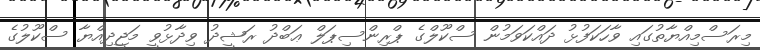
މިރަސްމިއްޔާތުގައި ވާހަކަފުޅު ދައްކަވަމުން ސްކޫލްގެ ޕްރިންސިޕަލް ޢަބްދު ރަޝީދު ވިދާޅުވީ މަޖީދިއްޔާ ސްކޫލުގެ